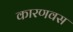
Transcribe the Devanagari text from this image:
कारणवस